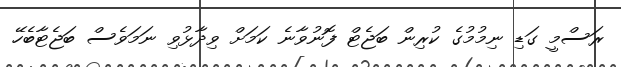
ރަސްމީ ގަޑި ނިމުމުގެ ކުރިން ބަޖެޓް ފޮނުވާނެ ކަމަށް ވިދާޅުވި ނަމަވެސް ބަޖެޓާބެހޭ